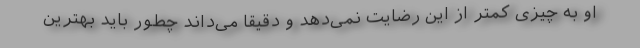
او به چیزی کمتر از این رضایت نمی‌دهد و دقیقا می‌داند چطور باید بهترین